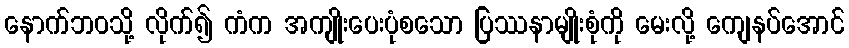
နောက်ဘဝသို့ လိုက်၍ ကံက အကျိုးပေးပုံစသော ပြဿနာမျိုးစုံကို မေးလို့ ကျေနပ်အောင်